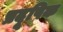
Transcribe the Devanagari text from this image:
प्रदूषिक